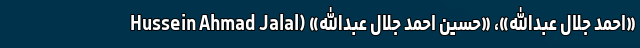
«احمد جلال عبدالله»، «حسین احمد جلال عبدالله» (Hussein Ahmad Jalal